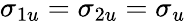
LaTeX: \sigma_{1u}=\sigma_{2u}=\sigma_{u}